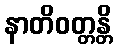
နာတိဝတ္တန္တိ